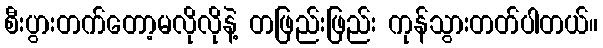
စီးပွားတက်တော့မလိုလိုနဲ့ တဖြည်းဖြည်း ကုန်သွားတတ်ပါတယ်။